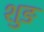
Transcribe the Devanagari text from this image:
शुङ